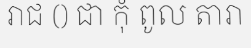
រាជ () ជា កុំ ពូល តារា